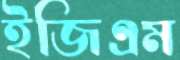
ইজিএম